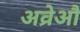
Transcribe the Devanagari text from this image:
अव्रेऔ